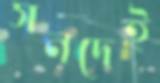
সনদেই